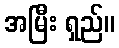
အမြီး ရှည်။